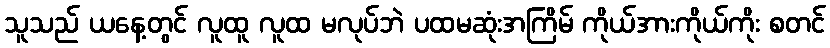
သူသည် ယနေ့တွင် လူထူ လူထ မလုပ်ဘဲ ပထမဆုံးအကြိမ် ကိုယ်အားကိုယ်ကိုး စတင်